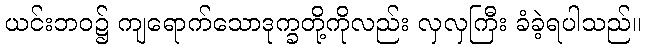
ယင်းဘဝ၌ ကျရောက်သောဒုက္ခတို့ကိုလည်း လှလှကြီး ခံခဲ့ရပါသည်။